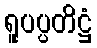
ရူပပ္ပတိဋ္ဌံ